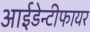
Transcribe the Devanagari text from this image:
आईडेन्टीफायर